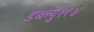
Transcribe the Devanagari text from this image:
डब्ल्यु११४